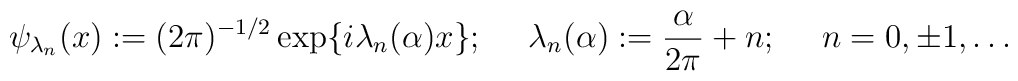
\psi_{\lambda_n}(x):=(2\pi)^{-1/2}\exp\{i\lambda_n(\alpha)x\};~~~~\lambda_n(\alpha):=\frac{\alpha}{2\pi}+n;~~~~n=0,\pm1,\ldots